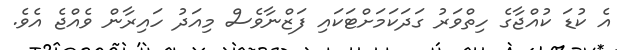
އެ ކުޑަ ކުއްޖާގެ ހިތްވަރު ގަދަކަމަށްޓަކައި ފަޒްނާވެސް މިއަދު ހައިރާން ވެއްޖެ އެވެ.